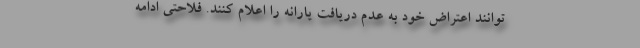
توانند اعتراض خود به عدم دریافت یارانه را اعلام کنند. فلاحتی ادامه